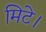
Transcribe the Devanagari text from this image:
मिटे।